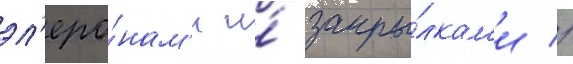
эл'еро́нам'и и́ закры́лкам'и //